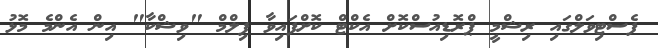
ފެސްޓިވަލްގައި ރިޝްމީ ޕްރޮޑިއުސްކޮށް އެކްޓް ކޮށްފައިވާ ފިލްމް "ވިޝްކާ" އިން އެންމެ މޮޅު